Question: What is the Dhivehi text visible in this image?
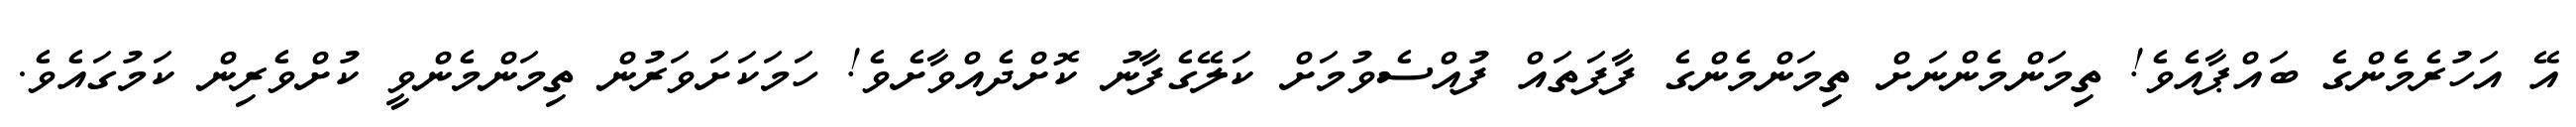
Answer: އޭ އަހުރެމެންގެ ބައްޕާއެވެ! ތިމަންމެންނަށް ތިމަންމެންގެ ފާފަތައް ފުއްސެވުމަށް ކަލޭގެފާނު ކޮށްދެއްވާށެވެ! ހަމަކަށަވަރުން ތިމަންމެންވީ ކުށްވެރިން ކަމުގައެވެ.